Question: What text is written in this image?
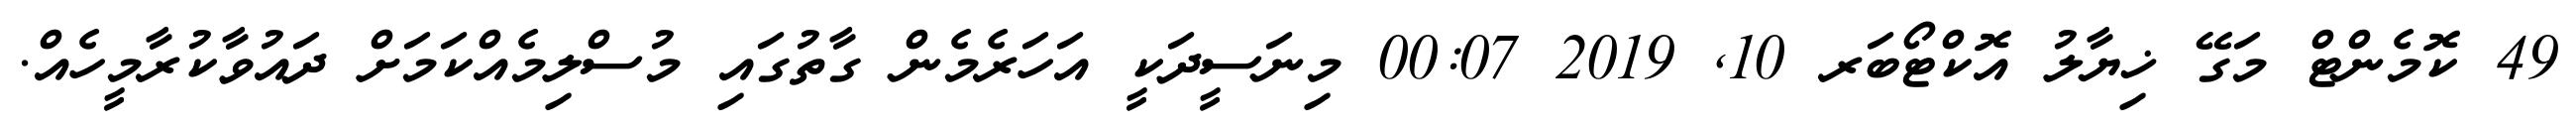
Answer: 49 ކޮމެންޓް މަގޭ ޚިޔާލު އޮކްޓޯބަރ 10, 2019 00:07 މިނަސީދަކީ އަހަރެމެން ގާތުގައި މުސްލިމެއްކަމަށް ދައުވާކުރާމީހެއް.